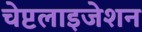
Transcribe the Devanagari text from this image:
चेप्टलाइजेशन